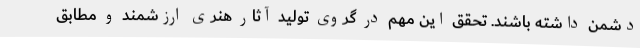
دشمن داشته باشند. تحقق این مهم در گروی تولید آثار هنری ارزشمند و مطابق